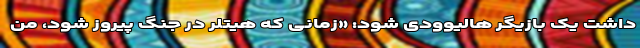
داشت یک بازیگر هالیوودی شود: «زمانی که هیتلر در جنگ پیروز شود، من